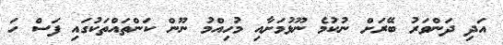
އަދި ދަންވަރު ބޭރަށް ނުކުމެ ނޫޅުމަށާއި މުހިއްމު ނޫން ކަންތައްތަކުގައި ފަސް ހަ